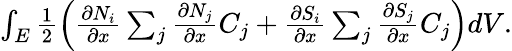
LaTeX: \begin{array}{r}{\int_{E}\frac{1}{2}\left(\frac{\partial N_{i}}{\partial x}\sum_{j}\frac{\partial N_{j}}{\partial x}C_{j}+\frac{\partial S_{i}}{\partial x}\sum_{j}\frac{\partial S_{j}}{\partial x}C_{j}\right)dV.}\end{array}